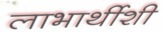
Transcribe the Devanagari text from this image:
लाभार्थीशी